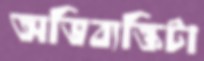
অভিব্যক্তিটা